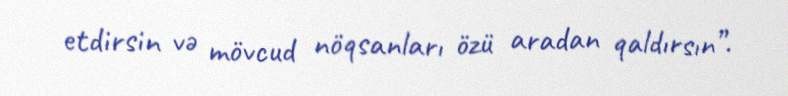
etdirsin və mövcud nöqsanları özü aradan qaldırsın”.